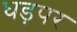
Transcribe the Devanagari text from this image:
धड़पर